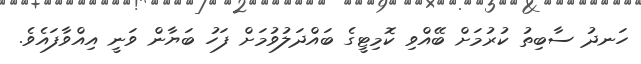
ހަނދު ސާބިތު ކުރުމަށް ބޭއްވި ކޮމިޓީގެ ބައްދަލުވުމަށް ފަހު ބަޔާން ވަނީ އިއްވާފައެވެ.